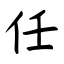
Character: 任